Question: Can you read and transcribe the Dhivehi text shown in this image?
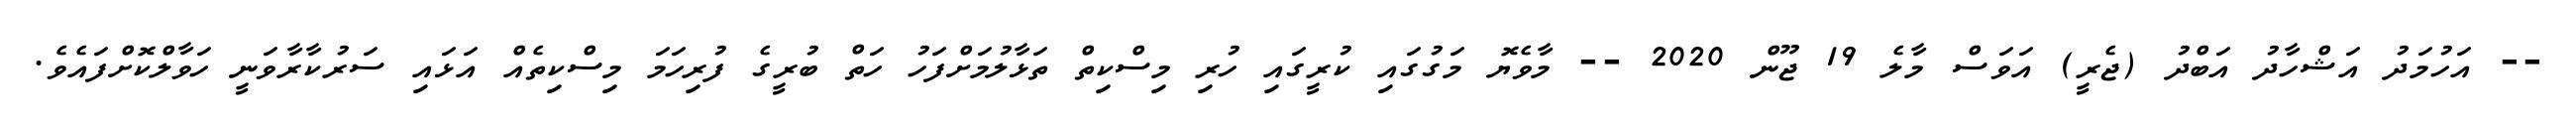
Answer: -- އަހުމަދު އަޝްހާދު އަބްދު (ޖެރީ) އަވަސް މާލެ 19 ޖޫން 2020 -- މާވެޔޮ މަގުގައި ކުރީގައި ހުރި މިސްކިތް ތަޅާލުމަށްފަހު ހަތް ބުރީގެ ފުރިހަމަ މިސްކިތެއް އަޅައި ސަރުކާރާވަނީ ހަވާލްކޮށްފައެވެ.